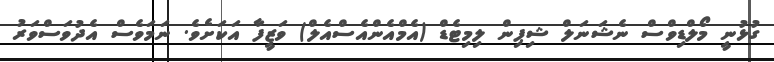
ގުޅުނީ މޯލްޑިވްސް ނެޝަނަލް ޝިޕިން ލިމިޓެޑް (އެމްއެންއެސްއެލް) ވަޒީފާ އަކަށެވެ. ނަމަވެސް އެދުވަސްވަރު